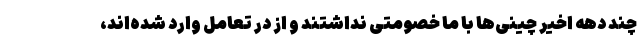
چند دهه اخیر چینی‌ها با ما خصومتی نداشتند و از در تعامل وارد شده‌اند،